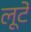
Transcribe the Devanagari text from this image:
लूटें